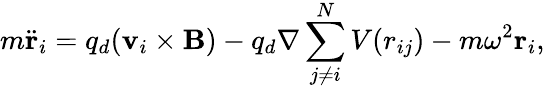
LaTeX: m\ddot{\mathbf{r}}_{i}=q_{d}(\mathbf{v}_{i}\times\mathbf{B})-q_{d}\mathbf{\nabla}\sum_{j\neq i}^{N}V(r_{ij})-m\omega^{2}\mathbf{r}_{i},